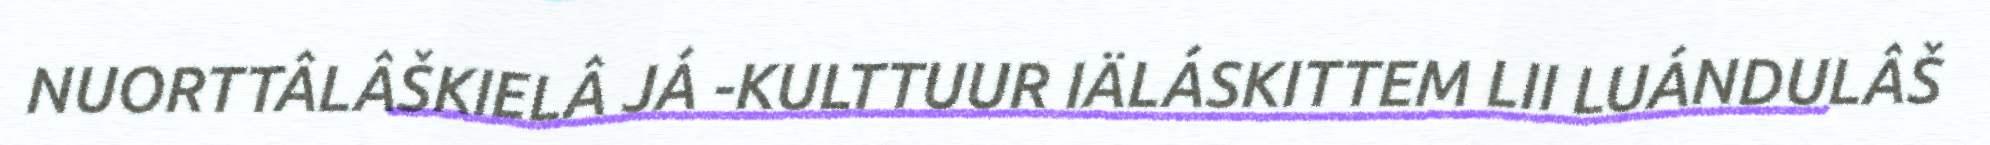
NUORTTÂLÂŠKIELÂ JÁ -KULTTUUR IÄLÁSKITTEM LII LUÁNDULÂŠ